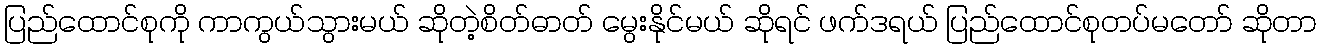
ပြည်ထောင်စုကို ကာကွယ်သွားမယ် ဆိုတဲ့စိတ်ဓာတ် မွေးနိုင်မယ် ဆိုရင် ဖက်ဒရယ် ပြည်ထောင်စုတပ်မတော် ဆိုတာ